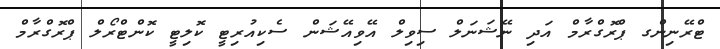
ޓްރޭނިންގ ޕްރޮގްރާމް އަދި ނޭޝަނަލް ސިވިލް އޭވިއޭޝަން ސެކިއުރިޓީ ކޮލިޓީ ކޮންޓްރޯލް ޕްރޮގްރާމް